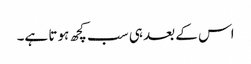
اس کے بعد ہی سب کچھ ہوتا ہے۔